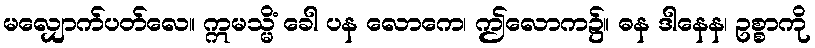
မလျှောက်ပတ်လေ။ ဣမသ္မိံ ခေါ ပန လောကေ၊ ဤလောက၌။ ဓန ဒါနေန၊ ဥစ္စာကို